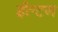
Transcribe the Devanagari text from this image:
ईल्टन